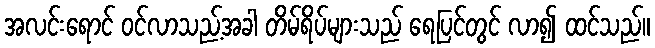
အလင်းရောင် ဝင်လာသည့်အခါ တိမ်ရိပ်များသည် ရေပြင်တွင် လာ၍ ထင်သည်။